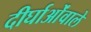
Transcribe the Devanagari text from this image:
दीर्घाओंवाले